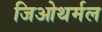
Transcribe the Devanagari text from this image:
जिओथर्मल